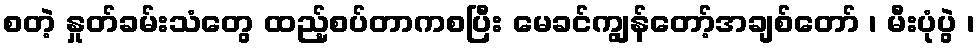
စတဲ့ နှုတ်ခမ်းသံတွေ ထည့်စပ်တာကစပြီး မေခင်ကျွန်တော့်အချစ်တော် ၊ မီးပုံပွဲ ၊